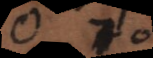
C 70